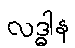
လဒ္ဓါန